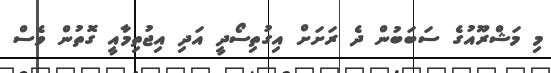
މި މަޝްރޫއުގެ ސަބަބުން ދެ ރަށަށް އިގުތިސޯދީ އަދި އިޖުތިމާއީ ގޮތުން ވެސް